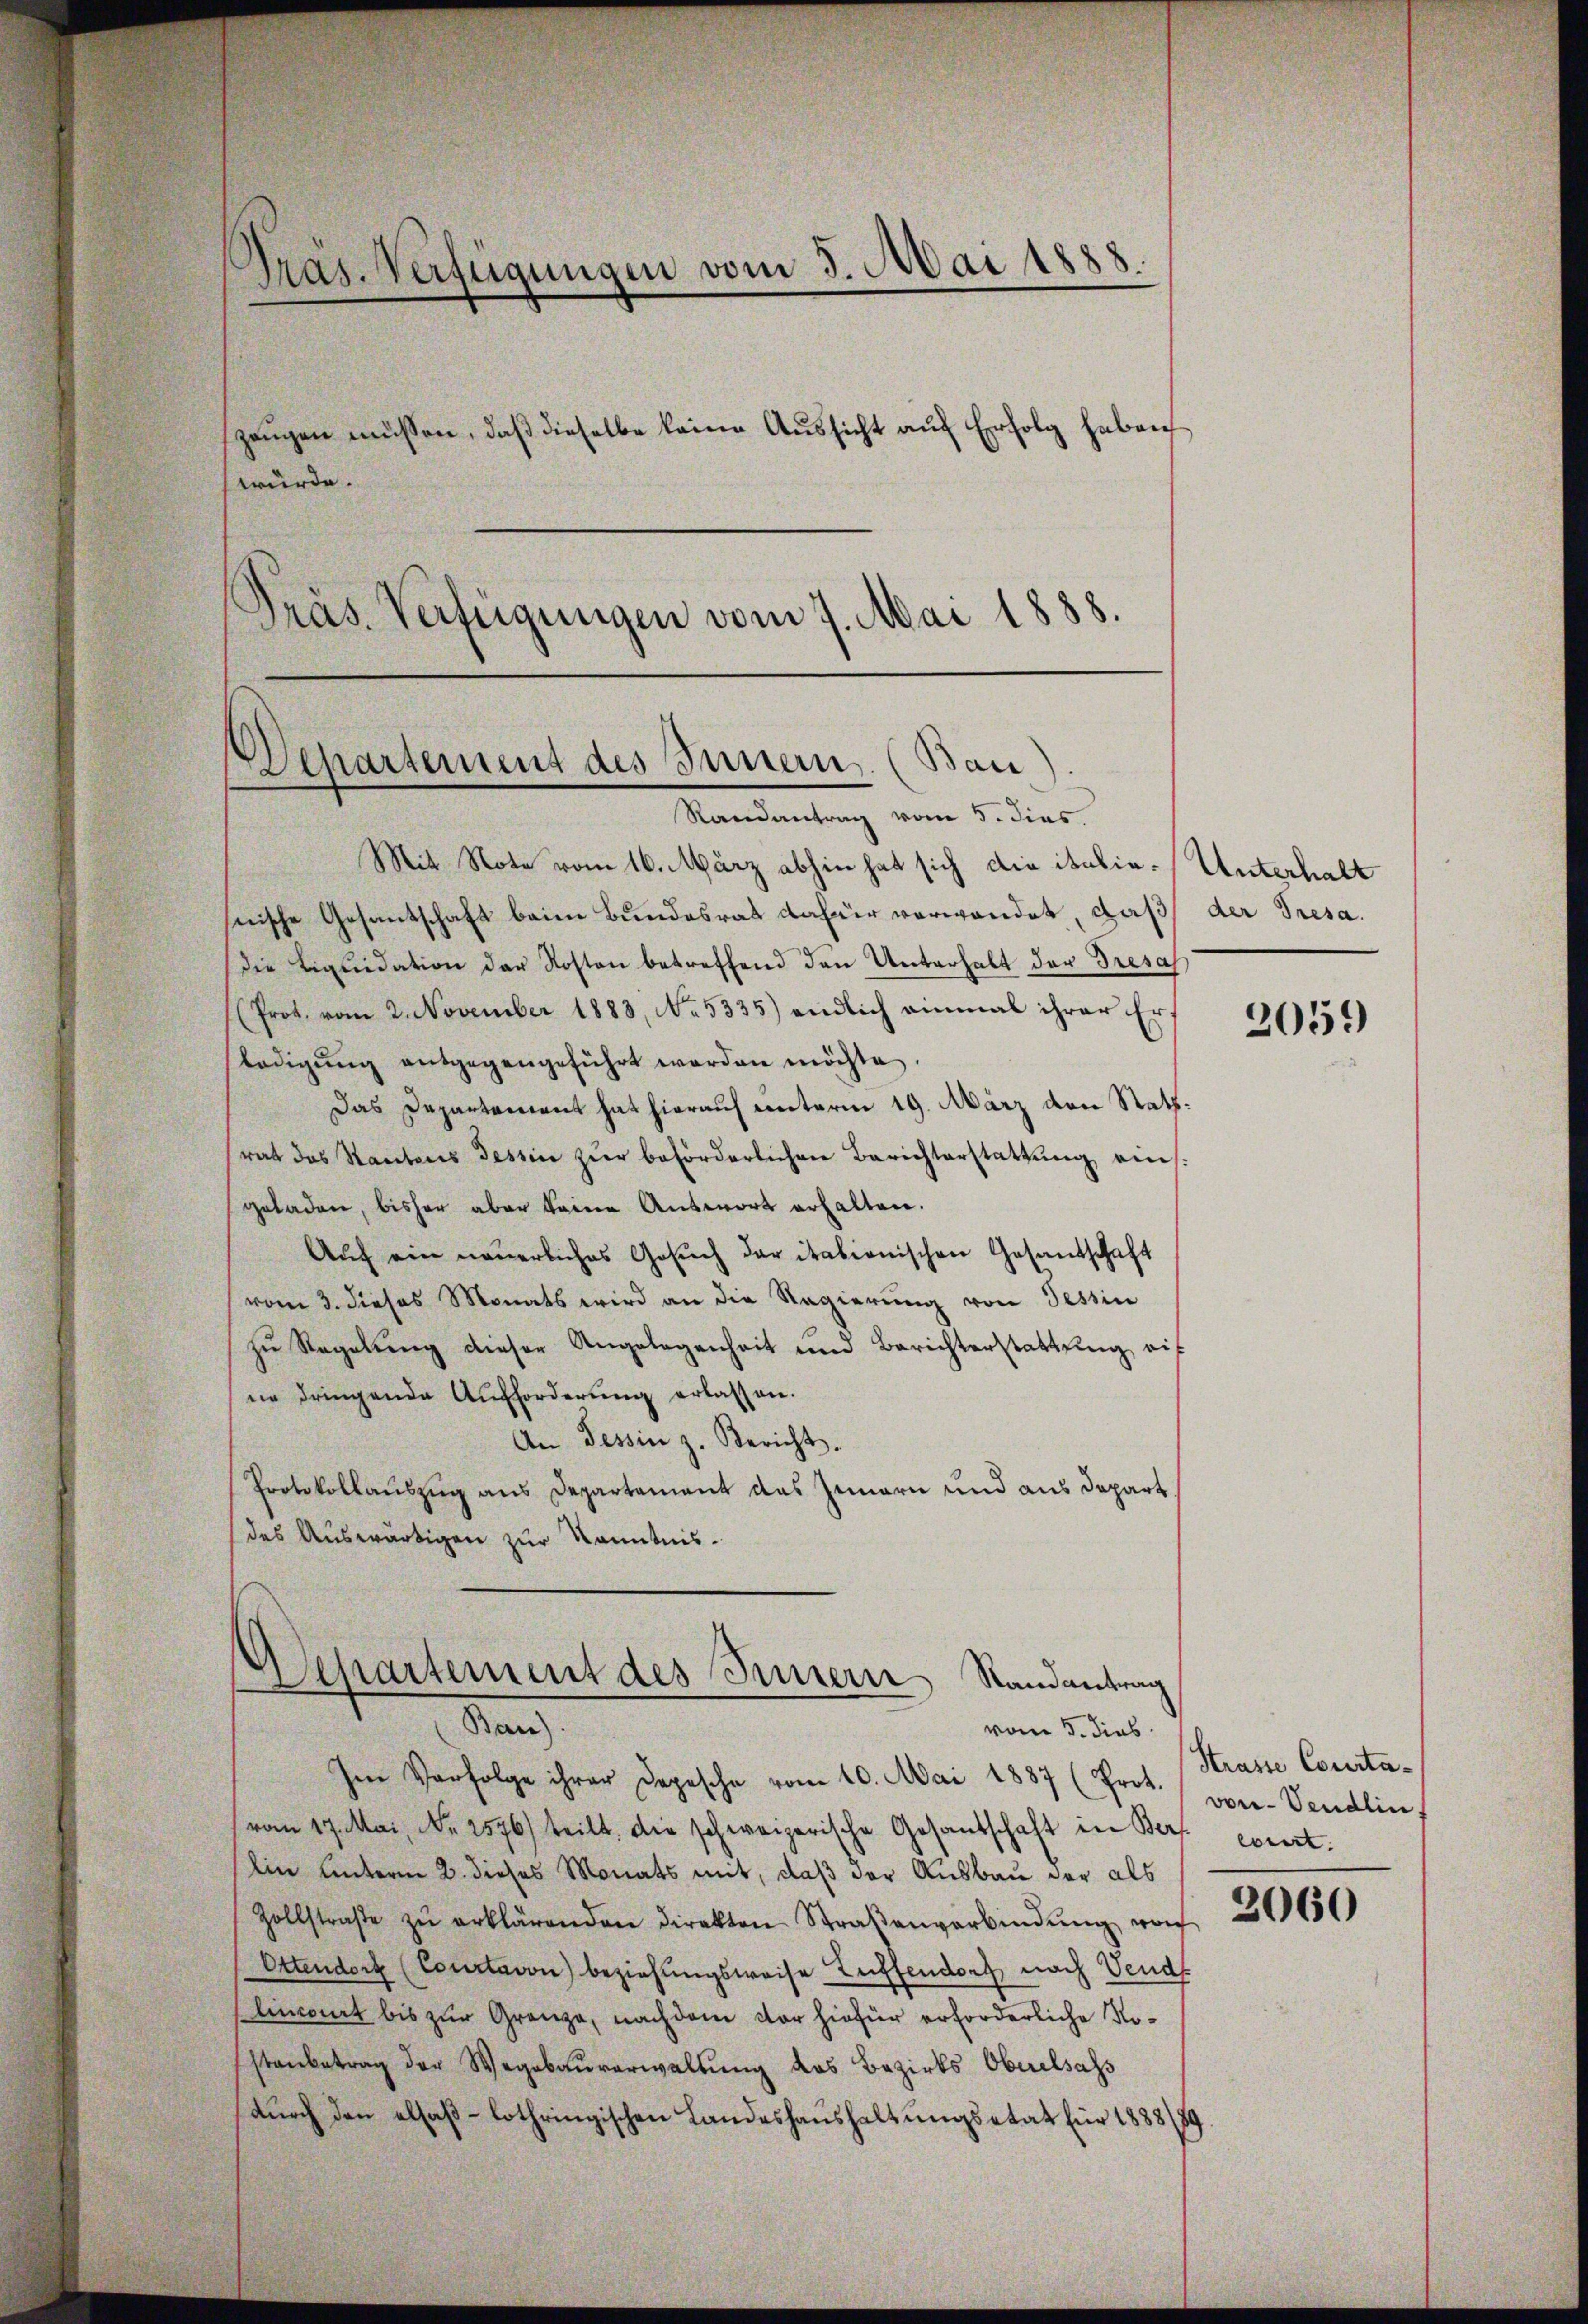
Präs. Verfügungen vom 5. Mai 1888.
zeŭgen müssen, daß dieselbe keine Aussicht auf Erfolg haben
würde.
Präs. Verfügungen vom 7. Mai 1888.

Departement des Innern. (Bau)
Randantrag vom 5. dies.

Mit Note vom 16. März abhin hat sich die italia-Unterhalt
nische Gesantschaft beim Bundesrat dafür verwendet, daß der Tresadie Liquidation der Kosten betreffend den Unterhalt der Tresas
(Prot. vom 2. November 1883, No. 5335) endlich einmal ihrer Ers
lädigŭng entgegengeführt worden möchte.
Das Departement hat hierauf unterm 19. März den Rath.
rat das Stantons Tessin zŭr beförderlichen Berichterstattung eins.
geladen, bisher aber keine Auswort erhalten.
Aŭf ein neŭerliches Gesŭch der italienischen Gesandschaft
(vom 3. dieses Monats wird an die Regierung von Tessin
zŭ Regelŭng dieser Angelegenheit und Berichterstattŭng auf
ne dringende Aufforderung erlassen.
An Tessin z. Bericht.
Protokollauszug aus Departement das Innern und aus Depart
des Auswärtigen zur Kenntnis¬

Separtement des Innern Randantrag
Stan
vom 5. dies

Im Verfolge ihrer Depesche vom 10. Mai 1887 (Prot. vor- Vendlin
vom 17. Mai, Nr. 2576) teilt, die schweizerische Gesandschaft in Bers exiert.
lin unterm 2. dieses Monats mit, daß der Ausbau der als
Zollstraβe zŭ erklärenden direkten Straβenverbindŭng von
Ottendorf (Courtavon beziehungsweise Zuffendorf nach Vend
lincert bis zur Grenze, nachdem vor hiefür erforderliche No¬
Estanbetrag der Wegebaŭverwaltung des Bezirks Oberelsass
dŭrch den elsaβ-lothringischen Landeshaushaltŭngsetat für 1888/89.

2059

Strasse Courta¬
2060